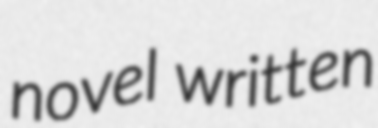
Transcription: novel written